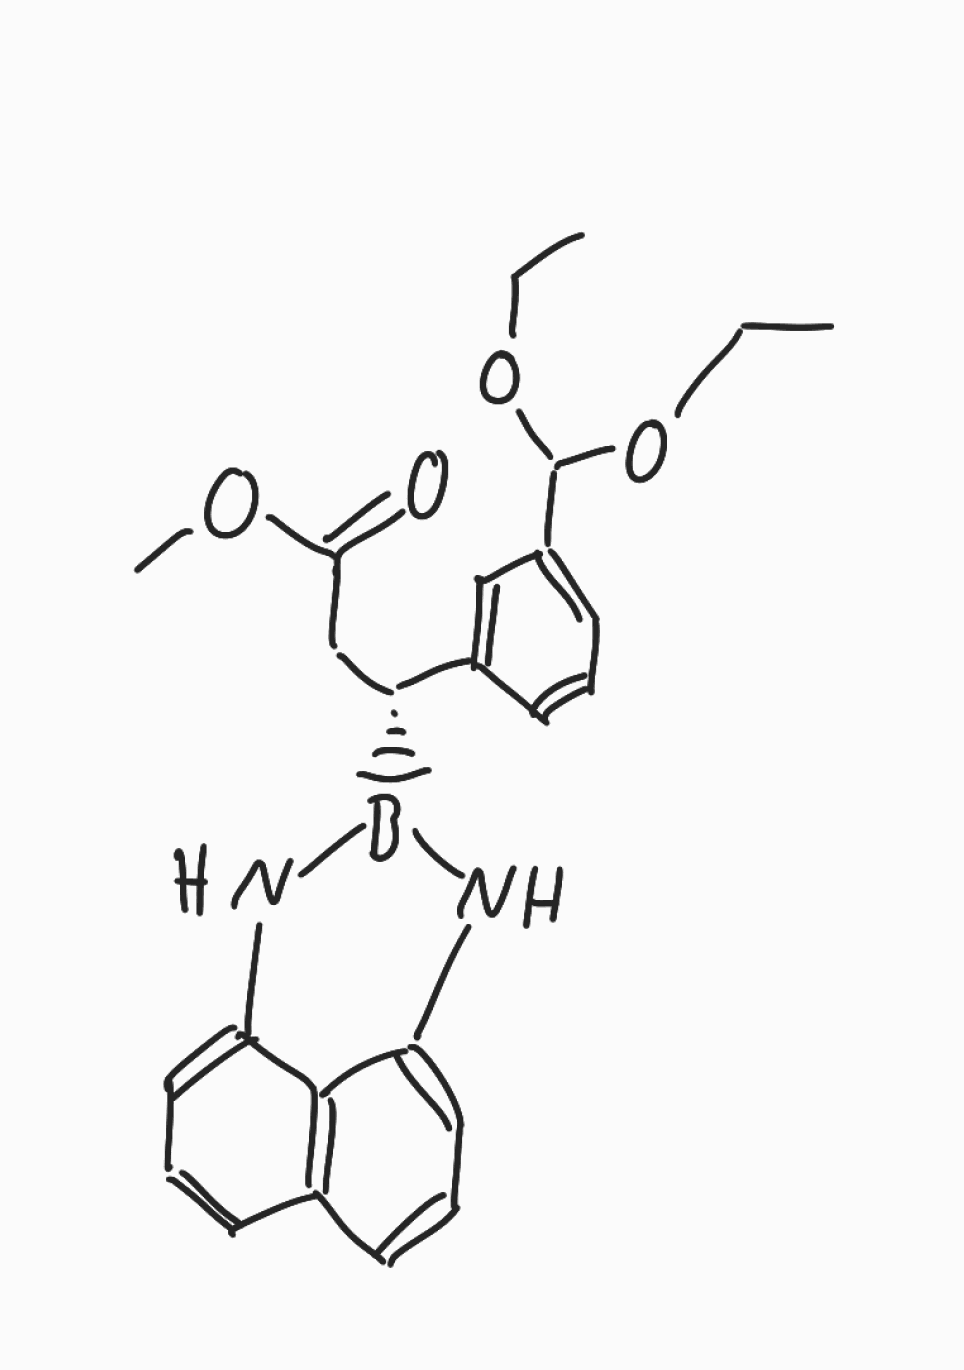
Simplified molecular-input line-entry system (SMILES) notation of the given molecule:
B1(NC2=CC=CC3=C2C(=CC=C3)N1)[C@H](CC(=O)OC)C4=CC(=CC=C4)C(OCC)OCC